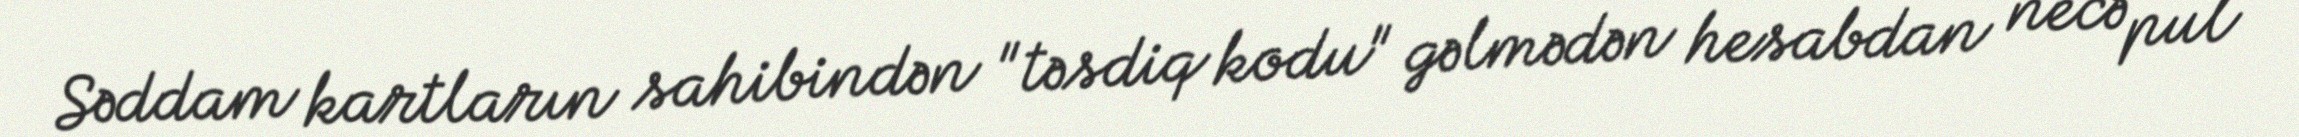
Səddam kartların sahibindən "təsdiq kodu" gəlmədən hesabdan necə pul